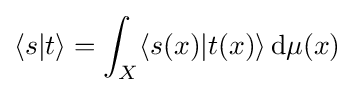
\langle s|t\rangle =\int _{X}\langle s(x)|t(x)\rangle \,\mathrm {d} \mu (x)